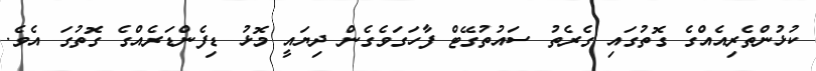
ކުޅުންތެރިއެއްގެ ގޮތުގައި ގެެރެތު ސައުތުގޭޓް ފާހަގަވެގެން ދިޔައީ މޮޅު ޑިފެންޑަރެއްގެ ގޮތުގަ އެެވެ.